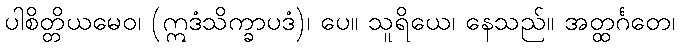
ပါစိတ္တိယမေဝ၊ (ဣဒံသိက္ခာပဒံ)၊ ပေ။ သူရိယေ၊ နေသည်။ အတ္ထင်္ဂတေ၊